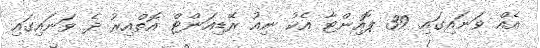
އެއް ވަނައިގައި 39 ޕޮއިންޓާ އެކު ނިއު ރޭޑިއަންޓް އޮތްއިރު ދެ ވަނައިގައި